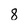
Character: 8